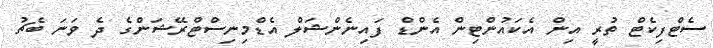
ސެޓްފިކެޓް ތުރީ އިން އެކައުންޓިން އެންޑް ފައިނެންޝަލް އެޑްމިނިސްޓްރޭޝަންގެ ދެ ވަނަ ބެޗު